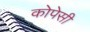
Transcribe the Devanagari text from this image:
कोपेसी